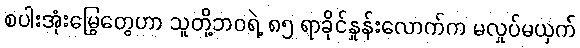
စပါးအုံးမြွေတွေဟာ သူတို့ဘဝရဲ့ ၈၅ ရာခိုင်နှုန်းလောက်က မလှုပ်မယှက်